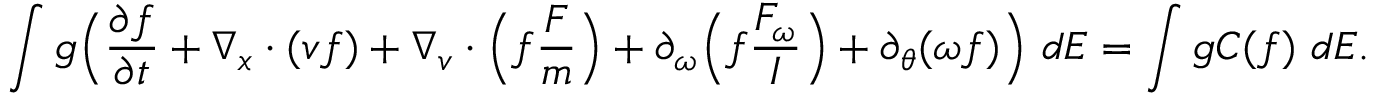
\int g \Big ( \frac { \partial f } { \partial t } + \nabla _ { \boldsymbol { x } } \cdot ( \boldsymbol { v } f ) + \nabla _ { \boldsymbol { v } } \cdot \Big ( f \frac { \boldsymbol { F } } { m } \Big ) + \partial _ { \omega } \Big ( f \frac { F _ { \omega } } { I } \Big ) + \partial _ { \theta } ( \omega f ) \Big ) \ d E = \int g C ( f ) \ d E .